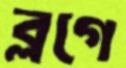
ব্লগে